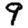
Digit: 9